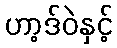
ဟာ့ဒ်ဝဲနှင့်